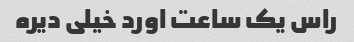
راس یک ساعت اورد خیلی دیره